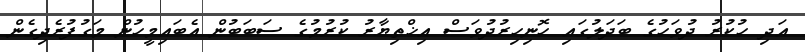
އަދި ހުކުރު ދުވަހުގެ ބަދަލުގައި ހޮނިހިރުދުވަސް އިޚްތިޔާރު ކުރުމުގެ ސަބަބުން އެބައިމީހުން މަގުފުރެދިގެން